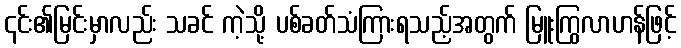
၎င်း၏မြင်းမှာလည်း သခင် ကဲ့သို့ ပစ်ခတ်သံကြားရသည့်အတွက် မြူးကြွလာဟန်ဖြင့်